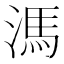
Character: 溤